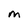
Character: M